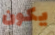
يكون